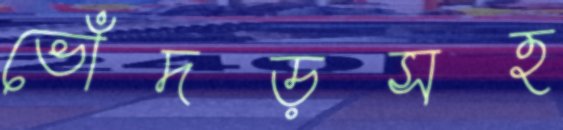
ভোঁদড়সহ